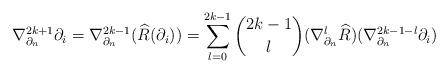
LaTeX: \begin{align*} \nabla^{2k + 1}_{\partial_n}\partial_i = \nabla_{\partial_n}^{2k - 1}(\widehat{R}(\partial_i)) = \sum_{l = 0}^{2k - 1} \binom{2k - 1}{l}(\nabla_{\partial_n}^l \widehat{R})(\nabla_{\partial_n}^{2k - 1 - l}\partial_i) \end{align*}